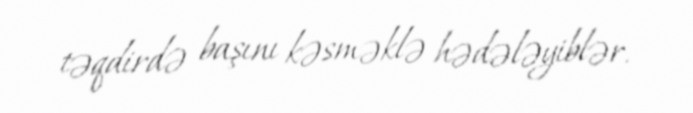
təqdirdə başını kəsməklə hədələyiblər.